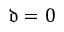
\mathfrak { d } = 0